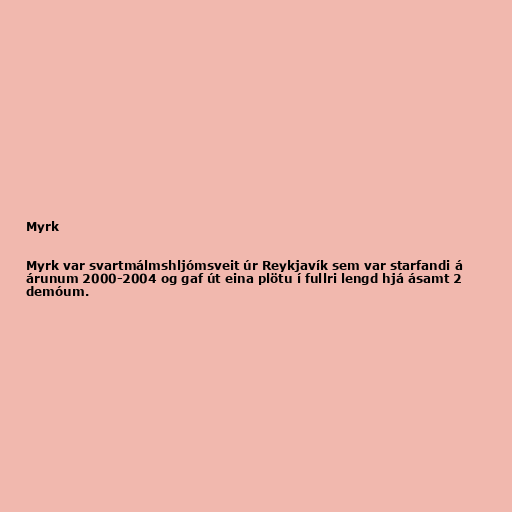
Myrk

Myrk var svartmálmshljómsveit úr Reykjavík sem var starfandi á
árunum 2000-2004 og gaf út eina plötu í fullri lengd hjá ásamt 2
demóum.